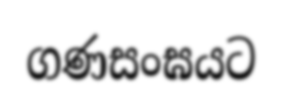
ගණසංඝයට